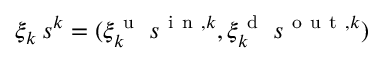
\xi _ { k } \: s ^ { k } = ( \xi _ { k } ^ { \mathrm { ~ u ~ } } \: s ^ { \mathrm { ~ i ~ n ~ } , k } , \xi _ { k } ^ { \mathrm { ~ d ~ } } \: s ^ { \mathrm { ~ o ~ u ~ t ~ } , k } )